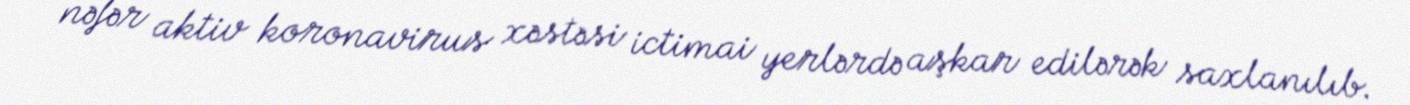
nəfər aktiv koronavirus xəstəsi ictimai yerlərdə aşkar edilərək saxlanılıb.